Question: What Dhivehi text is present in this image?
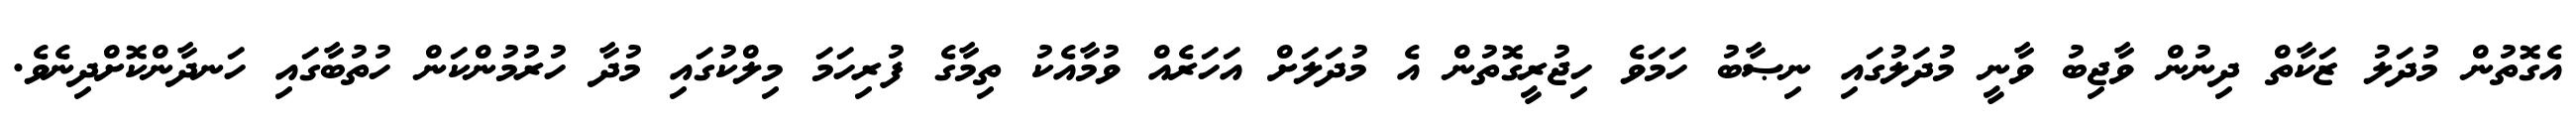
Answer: އެގޮތުން މުދަލު ޒަކާތް ދިނުން ވާޖިބު ވާނީ މުދަލުގައި ނިޞާބު ހަމަވެ ހިޖުރީގޮތުން އެ މުދަލަށް އަހަރެއް ވުމާއެކު ތިމާގެ ފުރިހަމަ މިލްކުގައި މުދާ ހުރުމުންކަން ހުތުބާގައި ހަނދާންކޮށްދިނެވެ.